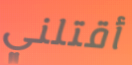
أقتلني